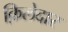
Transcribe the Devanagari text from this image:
क़िलेदार